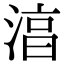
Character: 湻